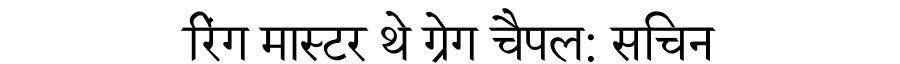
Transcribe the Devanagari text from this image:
रिंग मास्टर थे ग्रेग चैपल: सचिन